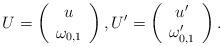
LaTeX: \begin{align*}U=\left(\begin{array}{c} u\\\omega_{0,1}\end{array}\right),U'=\left(\begin{array}{c} u'\\\omega_{0,1}'\end{array}\right).\end{align*}